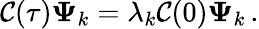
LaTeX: \mathcal{C}(\tau)\mathbf{{\Psi}}_{k}=\lambda_{k}\mathcal{C}(0)\mathbf{{\Psi}}_{k}\, .